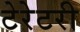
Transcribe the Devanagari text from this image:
टेरेटरी